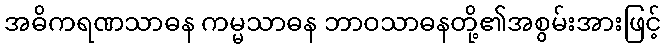
အဓိကရဏသာဓန ကမ္မသာဓန ဘာဝသာဓနတို့၏အစွမ်းအားဖြင့်